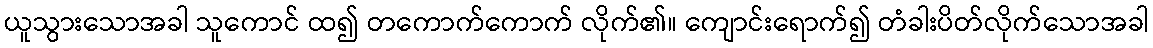
ယူသွားသောအခါ သူကောင် ထ၍ တကောက်ကောက် လိုက်၏။ ကျောင်းရောက်၍ တံခါးပိတ်လိုက်သောအခါ